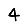
Digit: 4